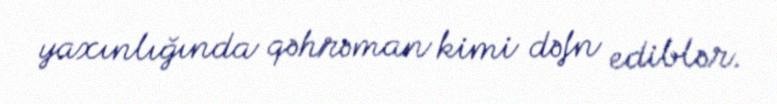
yaxınlığında qəhrəman kimi dəfn ediblər.